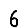
Digit: 6